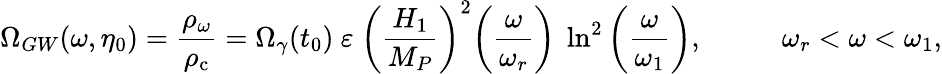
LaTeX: \Omega_{GW}(\omega,\eta_{0})=\frac{\rho_{\omega}}{\rho_{\mathrm{c}}}=\Omega_{\gamma}(t_{0})~\varepsilon~\biggl(\frac{H_{1}}{M_{P}}\biggr)^{2}\biggl(\frac{\omega}{\omega_{r}}\biggr)~\ln^{2}{\biggl(\frac{\omega}{\omega_{1}}\biggr)},~~~~~~~~~~~\omega_{r}<\omega<\omega_{1},